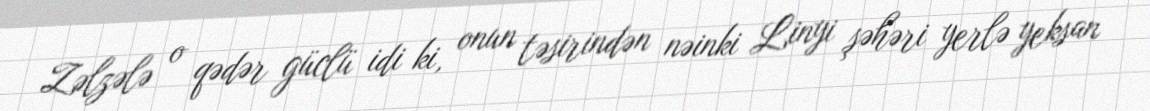
Zəlzələ o qədər güclü idi ki, onun təsirindən nəinki Linyi şəhəri yerlə yeksan